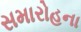
સમારોહના